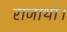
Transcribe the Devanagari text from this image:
राजाथा।